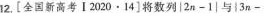
12.[全国新高考[2020.14]将数列|2n-1|与|3n-